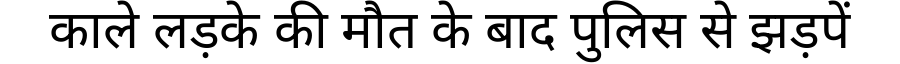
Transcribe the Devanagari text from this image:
काले लड़के की मौत के बाद पुलिस से झड़पें